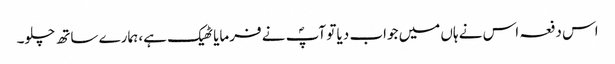
اس دفعہ اس نے ہاں میں جواب دیا تو آپؐ نے فرمایا ٹھیک ہے، ہمارے ساتھ چلو۔